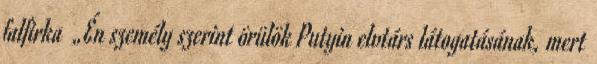
falfirka „Én személy szerint örülök Putyin elvtárs látogatásának, mert